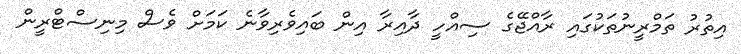
އިތުރު ތަމްރީނުތަކުގައި ރާއްޖޭގެ ސިއްހީ ދާއިރާ އިން ބައިވެރިވާނެ ކަމަށް ވެސް މިނިސްޓްރީން